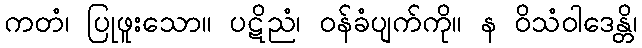
ကတံ၊ ပြုဖူးသော။ ပဋိညံ၊ ဝန်ခံပျက်ကို။ န ဝိသံဝါဒေန္တိ၊